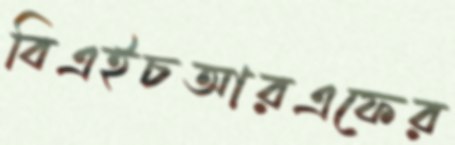
বিএইচআরএফের